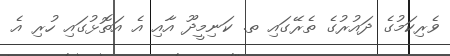
ވެރިކަމުގެ ދައުރުގެ ތެރޭގައި ތ. ކަނިމީދޫ އާއި އެ އަތޮޅުގައި ހުރި އެ